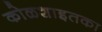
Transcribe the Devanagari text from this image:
कोळशाइतका